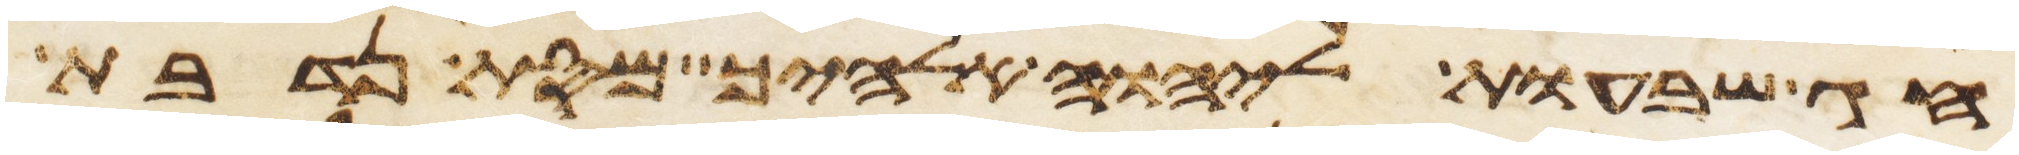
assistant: חג שבעות ליהוה אלהיך מסת נדבת